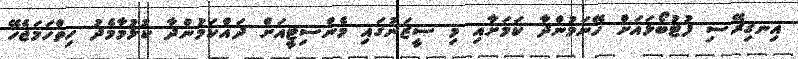
އިނގިރޭސި ފުޓުބޯޅައަށް ހޭނަމުންދާ ކަމަށާއި މި ސީޒަނުގައި މެންސިޓީއަށް ދައްކަމުންދާ ކުޅުމާމެދު ހިތްހަމަޖެހޭ